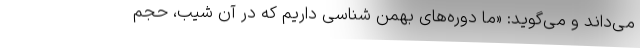
می‌داند و می‌گوید: «ما دوره‌های بهمن شناسی داریم که در آن شیب، حجم